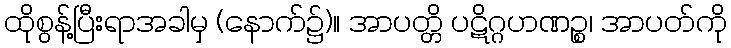
ထိုစွန့်ပြီးရာအခါမှ (နောက်၌)။ အာပတ္တိ ပဋိဂ္ဂဟဏဉ္စ၊ အာပတ်ကို